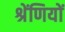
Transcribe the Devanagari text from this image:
श्रेंणियों